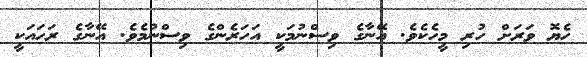
ހެޔޮ ވަރަށް ހުރި މީހެކެވެ. އޭނާގެ ވިސްނުމަކީ އަހަރެންގެ ވިސްނުމެވެ. އޭނާގެ ރަހައަކީ